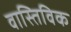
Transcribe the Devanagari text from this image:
वास्तिविक